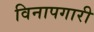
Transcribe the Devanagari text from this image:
विनापगारी